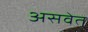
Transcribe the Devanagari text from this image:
असवेत